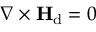
\nabla \times \mathbf { H } _ { \mathrm { d } } = 0